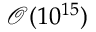
\mathcal { O } ( 1 0 ^ { 1 5 } )